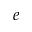
e